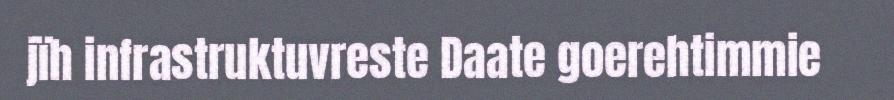
jïh infrastruktuvreste Daate goerehtimmie